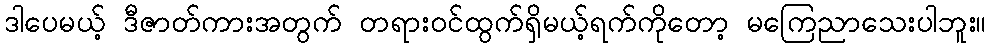
ဒါပေမယ့် ဒီဇာတ်ကားအတွက် တရားဝင်ထွက်ရှိမယ့်ရက်ကိုတော့ မကြေညာသေးပါဘူး။